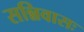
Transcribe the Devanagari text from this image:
सन्निवासः